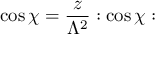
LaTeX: \cos \chi = \frac { z } { \Lambda ^ { 2 } } : \cos \chi :